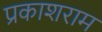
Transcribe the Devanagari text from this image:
प्रकाशराम